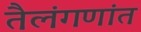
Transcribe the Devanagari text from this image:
तैलंगणांत